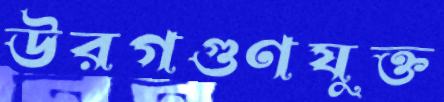
উরগগুণযুক্ত